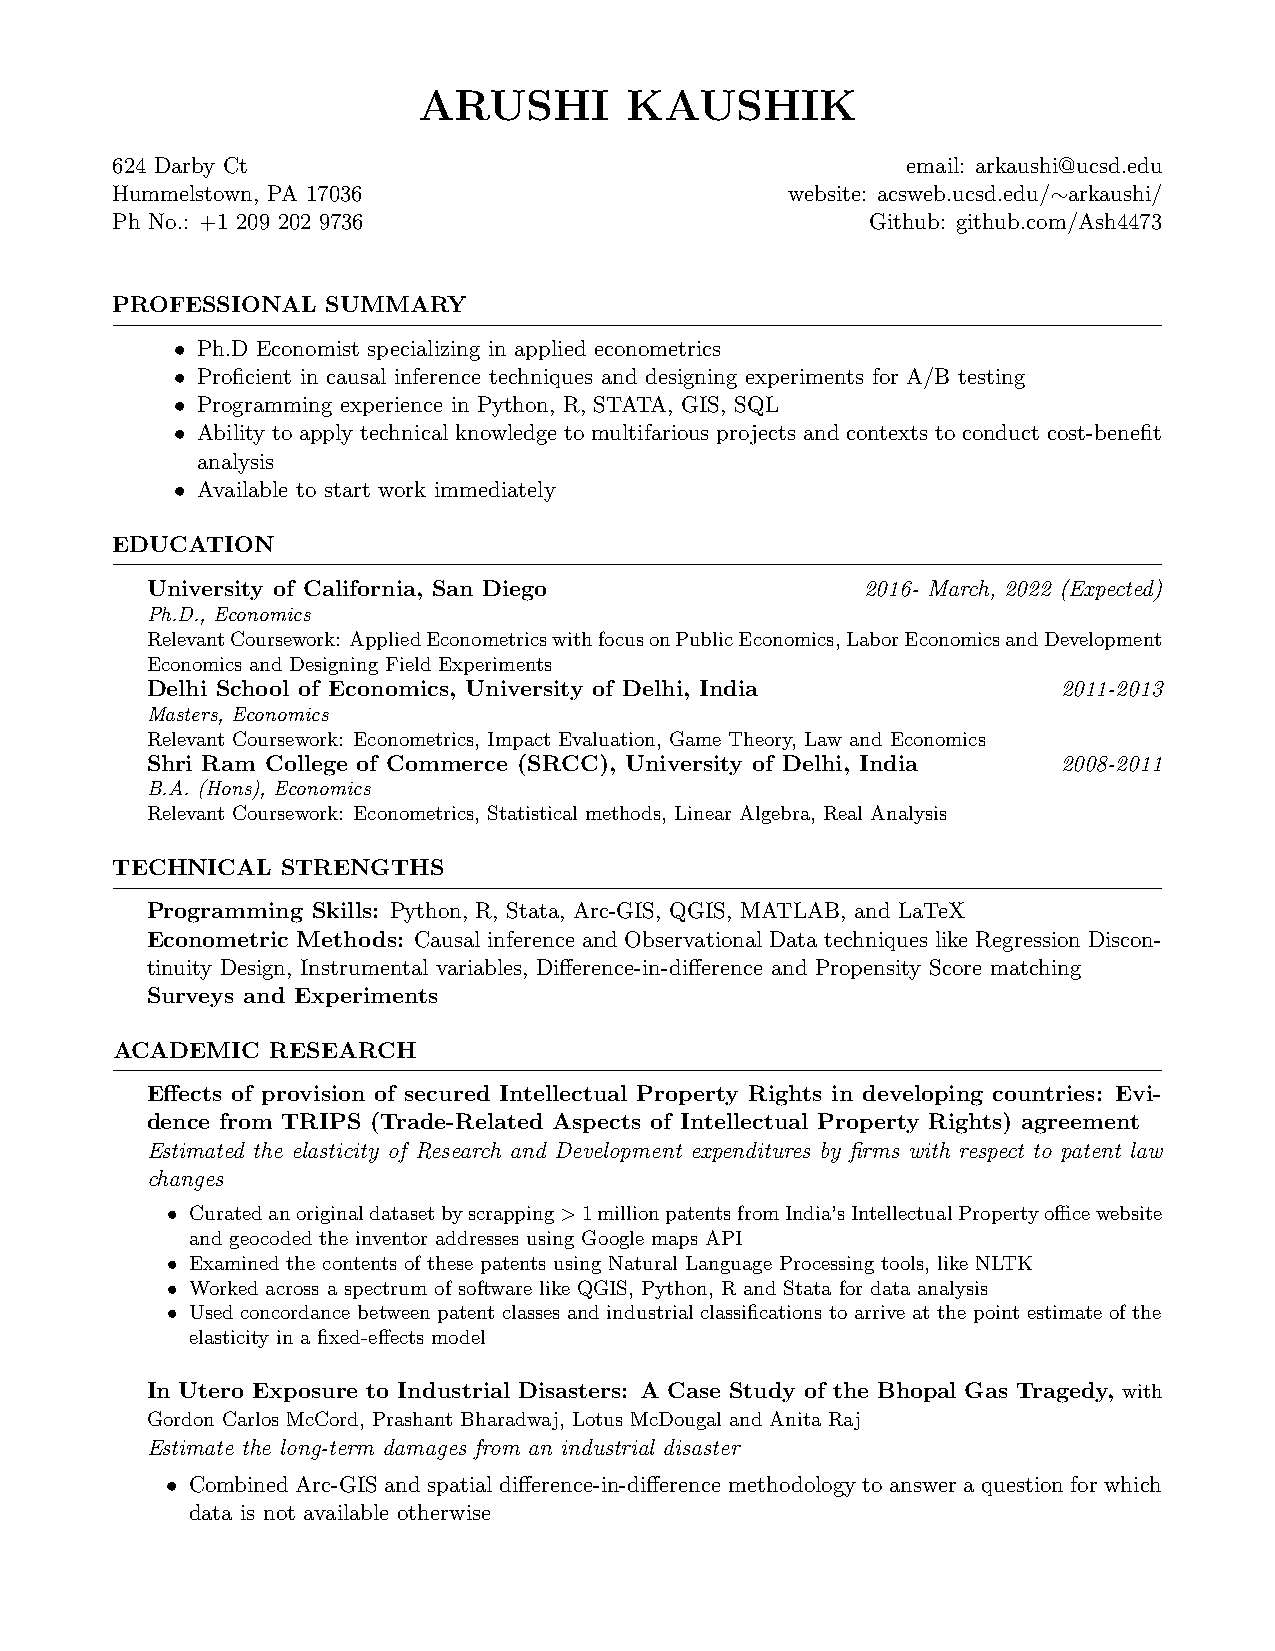
ARUSHI       KAUSHIK
 624 Darby Ct                                         email: arkaushi@ucsd.edu
 Hummelstown, PA 17036                        website: acsweb.ucsd.edu/∼arkaushi/
 Ph No.: +1 209 202 9736                            Github: github.com/Ash4473
 PROFESSIONAL   SUMMARY
 • Ph.D Economist specializing in applied econometrics
 • Proficient in causal inference techniques and designing experiments for A/B testing
 • Programming experience in Python, R, STATA, GIS, SQL
 • Ability to apply technical knowledge to multifarious projects and contexts to conduct cost-benefit
 analysis
 • Available to start work immediately
 EDUCATION
 University of California, San Diego            2016- March, 2022 (Expected)
 Ph.D., Economics
 RelevantCoursework: AppliedEconometricswithfocusonPublicEconomics,LaborEconomicsandDevelopment
 Economics and Designing Field Experiments
 Delhi School of Economics, University of Delhi, India       2011-2013
 Masters, Economics
 Relevant Coursework: Econometrics, Impact Evaluation, Game Theory, Law and Economics
 Shri Ram College of Commerce (SRCC), University of Delhi, India 2008-2011
 B.A. (Hons), Economics
 Relevant Coursework: Econometrics, Statistical methods, Linear Algebra, Real Analysis
 TECHNICAL   STRENGTHS
 Programming Skills: Python, R, Stata, Arc-GIS, QGIS, MATLAB, and LaTeX
 Econometric Methods: Causal inference and Observational Data techniques like Regression Discon-
 tinuity Design, Instrumental variables, Difference-in-difference and Propensity Score matching
 Surveys and Experiments
 ACADEMIC   RESEARCH
 Effects of provision of secured Intellectual Property Rights in developing countries: Evi-
 dence from TRIPS (Trade-Related Aspects of Intellectual Property Rights) agreement
 Estimated the elasticity of Research and Development expenditures by firms with respect to patent law
 changes
 • Curatedanoriginaldatasetbyscrapping>1millionpatentsfromIndia’sIntellectualPropertyofficewebsite
 and geocoded the inventor addresses using Google maps API
 • Examined the contents of these patents using Natural Language Processing tools, like NLTK
 • Worked across a spectrum of software like QGIS, Python, R and Stata for data analysis
 • Used concordance between patent classes and industrial classifications to arrive at the point estimate of the
 elasticity in a fixed-effects model
 In Utero Exposure to Industrial Disasters: A Case Study of the Bhopal Gas Tragedy, with
 Gordon Carlos McCord, Prashant Bharadwaj, Lotus McDougal and Anita Raj
 Estimate the long-term damages from an industrial disaster
 • Combined Arc-GIS and spatial difference-in-difference methodology to answer a question for which
 data is not available otherwise